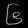
Digit: ၆